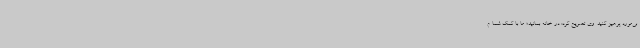
بی‌مورد پرهیز کنید. وی تصریح کرد: در خانه بمانید؛ ما با کمک شما م